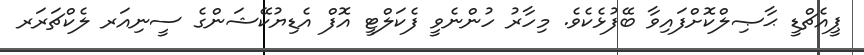
ޕީއެޗްޑީ ޙާޞިލްކޮށްފައިވާ ބޭފުޅެކެވެ. މިހާރު ހުންނެވީ ފެކަލްޓީ އޮފް އެޑިޔުކޭޝަންގެ ސީނިއަރ ލެކްޗަރަރ